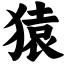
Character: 猿